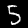
Digit: 5